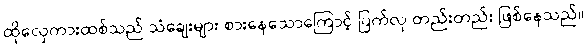
ထိုလှေကားထစ်သည် သံချေးများ စားနေသောကြောင့် ပြက်လု တည်းတည်း ဖြစ်နေသည်။